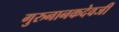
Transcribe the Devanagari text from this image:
गुरुनानकदेवजी